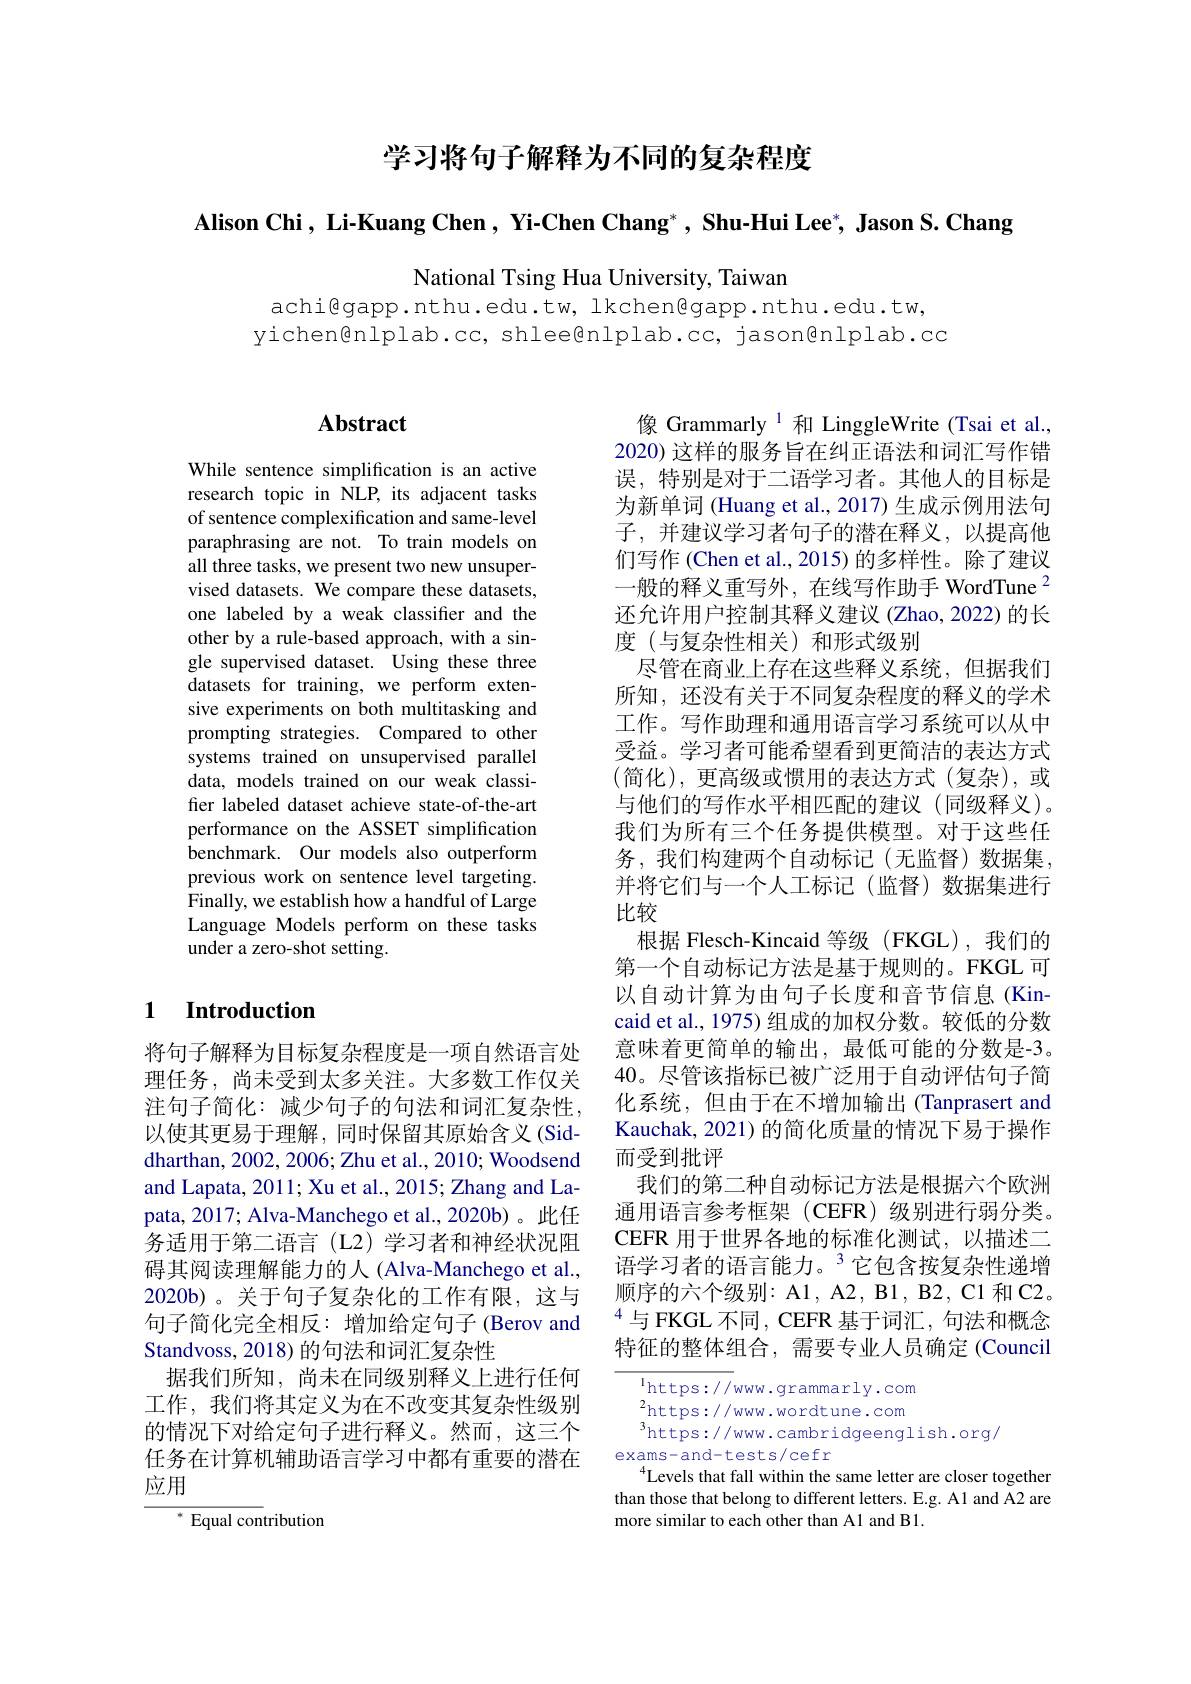
学习将句子解释为不同的复杂程度

Alison Chi, Li-Kuang Chen , Yi-Chen Chang* , Shu-Hui Lee*, Jason S. Chang

National Tsing Hua University, Taiwan

achi@gapp.nthu.edu.tw, lkchen@gapp.nthu.edu.tw,
yichen@nlplab.cc, shlee@nlplab.cc, jason@nlplab.cc

## Abstract

While sentence simplification is an active research topic in NLP, its adjacent tasks of sentence complexification and same-level paraphrasing are not. To train models on all three tasks, we present two new unsupervised datasets. We compare these datasets, one labeled by a weak classifier and the other by a rule-based approach, with a single supervised dataset. Using these three datasets for training, we perform extensive experiments on both multitasking and prompting strategies. Compared to other systems trained on unsupervised parallel data, models trained on our weak classifer labeled dataset achieve state-of-the-art performance on the ASSET simplification benchmark. Our models also outperform previous work on sentence level targeting. Finally, we establish how a handful of Large Language Models perform on these tasks under a zero-shot setting.

## 1 Introduction

将句子解释为目标复杂程度是一项自然语言处理任务，尚未受到太多关注。大多数工作仅关注句子简化：减少句子的句法和词汇复杂性， 以使其更易于理解，同时保留其原始含义(Siddharthan, 2002, 2006; Zhu et al., 2010; Woodsend and Lapata, 2011; Xu et al., 2015; Zhang and Lapata, 2017; Alva-Manchego et al., 2020b)。此任务适用于第二语言(L2)学习者和神经状况阻碍其阅读理解能力的人(Alva-Manchego et al., 2020b)。关于句子复杂化的工作有限，这与句子简化完全相反：增加给定句子(Berov and Standvoss, 2018) 的句法和词汇复杂性
据我们所知，尚未在同级别释义上进行任何工作，我们将其定义为在不改变其复杂性级别的情况下对给定句子进行释义。然而，这三个任务在计算机辅助语言学习中都有重要的潜在应用

$^{*}$ Equal contribution

像 Grammarly $^{1}$和 LinggleWrite (Tsai et al., 2020) 这样的服务旨在纠正语法和词汇写作错误，特别是对于二语学习者。其他人的目标是为新单词 (Huang et al., 2017) 生成示例用法句子，并建议学习者句子的潜在释义，以提高他们写作 (Chen et al., 2015) 的多样性。除了建议一般的释义重写外，在线写作助手 WordTune$^{2}$ 还允许用户控制其释义建议(Zhao,2022)的长度(与复杂性相关)和形式级别
尽管在商业上存在这些释义系统，但据我们所知，还没有关于不同复杂程度的释义的学术工作。写作助理和通用语言学习系统可以从中受益。学习者可能希望看到更简洁的表达方式(简化),更高级或惯用的表达方式(复杂),或与他们的写作水平相匹配的建议(同级释义)。我们为所有三个任务提供模型。对于这些任务，我们构建两个自动标记(无监督)数据集， 并将它们与一个人工标记(监督)数据集进行比较
根据 Flesch-Kincaid 等级 (FKGL),我们的第一个自动标记方法是基于规则的。FKGL 可以自动计算为由句子长度和音节信息(Kincaid et al., 1975) 组成的加权分数。较低的分数意味着更简单的输出，最低可能的分数是-3。40。尽管该指标已被广泛用于自动评估句子简化系统，但由于在不增加输出(Tanprasert and Kauchak, 2021) 的简化质量的情况下易于操作而受到批评
我们的第二种自动标记方法是根据六个欧洲通用语言参考框架(CEFR)级别进行弱分类。CEFR 用于世界各地的标准化测试，以描述二语学习者的语言能力。$^{3}$它包含按复杂性递增顺序的六个级别：A1, A2, B1, B2, C1 和 C2。$^{4}$与 FKGL 不同，CEFR 基于词汇，句法和概念特征的整体组合，需要专业人员确定(Council

$^{\mathrm{l}}$https://www.grammarly.com $^{2}$https: / / www. wordtune. com $^{3}$https: / / ww. wordtune. com $^{3}$ht+ wal/ wang. d $^{3}$https://www.cambridgeenglish.org/
exams-and-tests/cefr
$^{4}$Levels that fall within the same letter are closer together than those that belong to different letters. E.g. A1 and A2 are more similar to each other than A1 and B1.